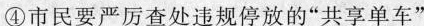
④市民要严厉查处违规停放的”共享单车”